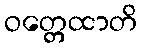
ဝတ္တေထာတိ